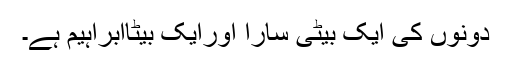
دونوں کی ایک بیٹی سارا اورایک بیٹاابراہیم ہے۔